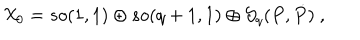
{ \cal X } _ { 0 } = s o ( 1 , 1 ) \oplus s o ( q + 1 , 1 ) \oplus { \cal S } _ { q } ( P , \dot { P } ) \ ,